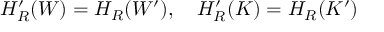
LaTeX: H _ { R } ^ { \prime } ( W ) = H _ { R } ( W ^ { \prime } ) , \quad H _ { R } ^ { \prime } ( K ) = H _ { R } ( K ^ { \prime } )